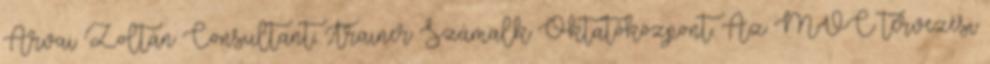
Árvai Zoltán Consultant, Trainer Számalk Oktatóközpont. Az MVC tervezési